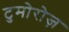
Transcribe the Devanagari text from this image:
टुमोरोज़